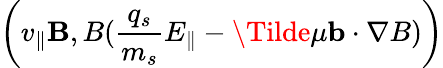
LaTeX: \left(v_{\parallel}\mathbf{B},B(\frac{q_{s}}{m_{s}}E_{\parallel}-\Tilde{\mu}\mathbf{b}\cdot\nabla B)\right)